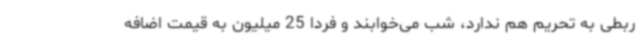
ربطی به تحریم‌ هم ندارد، شب می‌خوابند و فردا 25 میلیون به قیمت اضافه